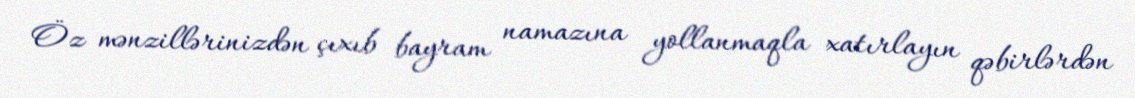
Öz mənzillərinizdən çıxıb bayram namazına yollanmaqla xatırlayın qəbirlərdən